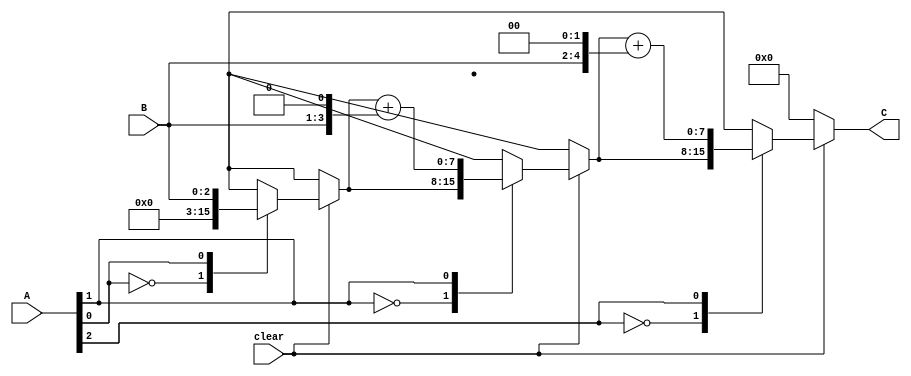
//-----------------------------------------------------------------------------
//University: OIT - CSET
//Class: CST 231
//Dependancies: None
//-----------------------------------------------------------------------------
// Multiplies by shifting and adding
//-----------------------------------------------------------------------------

module Shift_and_add_Multiplier
(
input	[2:0]	A,
				B,
input			clear,
output	[7:0]	C
);
reg	[7:0] temp;

assign C = temp;

always@(A or B or clear)
begin
if(clear)
begin
	case(A[0])
		1'b0:temp = 0;
		1'b1:temp = B;
	endcase
	case(A[1])
		1'b0:temp = temp;
		1'b1:temp = temp+(B<<1);
	endcase
	case(A[2])
		1'b0:temp = temp;
		1'b1:temp = temp+(B<<2);
	endcase
end
else
	temp = 0;
end

endmodule